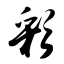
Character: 彩